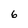
Character: 6